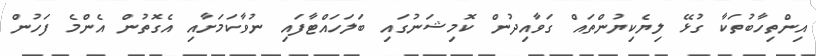
އިންތިހާބުތަކާ ގުޅޭ ލިޔެކިޔުންތައް ގަވާއިދުން ކޮމިޝަނުގައި ބަލަހައްޓާފައި ނުވާކަމަށާއި އެގޮތުން އެންމެ ފަހުން